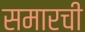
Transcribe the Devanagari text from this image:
समारची